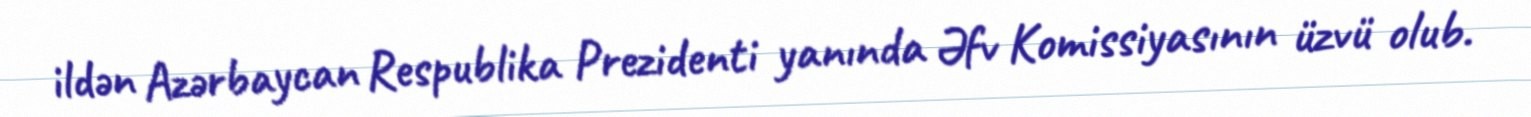
ildən Azərbaycan Respublika Prezidenti yanında Əfv Komissiyasının üzvü olub.